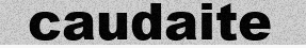
caudaite